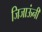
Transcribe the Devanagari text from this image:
जिजाऊंनी